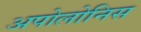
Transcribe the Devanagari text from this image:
अपोलोनिस